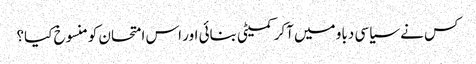
کس نے سیاسی دباو میں آکر کمیٹی بنائی اور اس امتحان کومنسوخ کیا؟